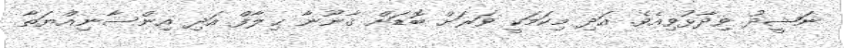
ނަޝީދު ވިދާޅުވިއެވެ. އަދި މިކަމަކީ ވަރަށް ބޮޑަށް ޤާނޫނާ ޚިލާފް އަދި އިންސާނިއްޔަތާ